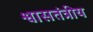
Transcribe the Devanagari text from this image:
श्वासतंत्रीय